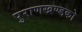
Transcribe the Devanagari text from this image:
पुराणखण्डको